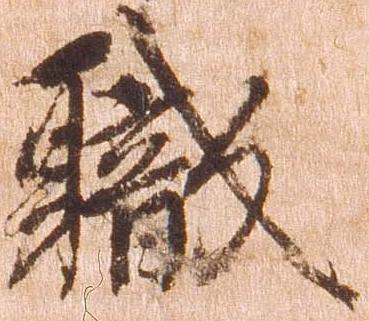
職